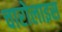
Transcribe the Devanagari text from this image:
चारोलाइस